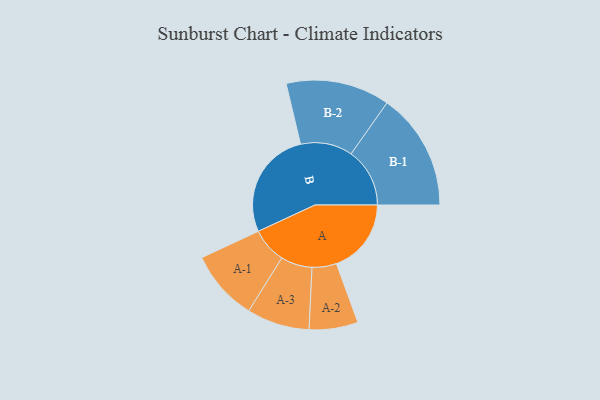
{"axis": {"x": "Segment", "y": "Value"}, "legend": ["", "A", "B"], "data": [{"x": "A", "y": 334, "type": ""}, {"x": "B", "y": 485, "type": ""}, {"x": "A-1", "y": 158, "type": "A"}, {"x": "A-2", "y": 109, "type": "A"}, {"x": "A-3", "y": 140, "type": "A"}, {"x": "B-1", "y": 262, "type": "B"}, {"x": "B-2", "y": 232, "type": "B"}]}